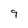
Character: 9